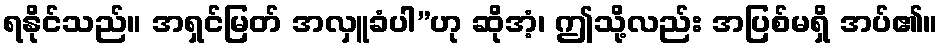
ရနိုင်သည်။ အရှင်မြတ် အလှူခံပါ”ဟု ဆိုအံ့၊ ဤသို့လည်း အပြစ်မရှိ အပ်၏။